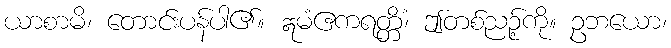
ယာစာမိ၊ တောင်းပန်ပါ၏။ ဣမံဧကရတ္တိံ၊ ဤတစ်ညဉ့်ကို။ ဥဘယော၊